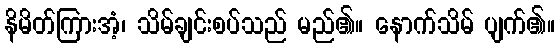
နိမိတ်ကြားအံ့၊ သိမ်ချင်းစပ်သည် မည်၏။ နောက်သိမ် ပျက်၏။